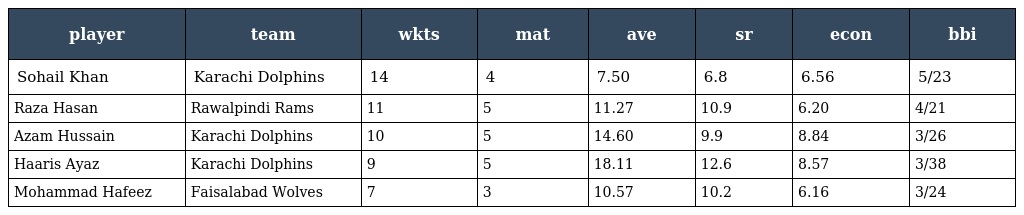
| player | team | wkts | mat | ave | sr | econ | bbi |
 | --- | --- | --- | --- | --- | --- | --- | --- |
 | Sohail Khan | Karachi Dolphins | 14 | 4 | 7.50 | 6.8 | 6.56 | 5/23 |
 | Raza Hasan | Rawalpindi Rams | 11 | 5 | 11.27 | 10.9 | 6.20 | 4/21 |
 | Azam Hussain | Karachi Dolphins | 10 | 5 | 14.60 | 9.9 | 8.84 | 3/26 |
 | Haaris Ayaz | Karachi Dolphins | 9 | 5 | 18.11 | 12.6 | 8.57 | 3/38 |
 | Mohammad Hafeez | Faisalabad Wolves | 7 | 3 | 10.57 | 10.2 | 6.16 | 3/24 |